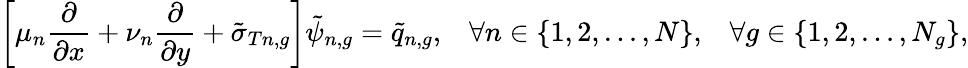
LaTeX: \left[\mu_{n}\frac{\partial}{\partial x}+\nu_{n}\frac{\partial}{\partial y}+\tilde{\sigma}_{Tn,g}\right]\tilde{\psi}_{n,g}=\tilde{q}_{n,g},\; \; \; \forall n\in\{ 1,2,...,N\} ,\; \; \; \forall g\in\{ 1,2,...,N_{g}\} ,